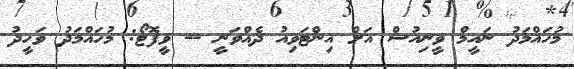
މުހައްމަދު ނައީމް ވީނިއުސް އަށް އިންޓަވިއު ދެއްވަނީ -- ވީފޮޓޯ: މުހައްމަދު ވަހީދު